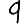
Digit: 9